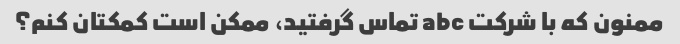
ممنون که با شرکت abc تماس گرفتید، ممکن است کمکتان کنم؟